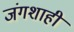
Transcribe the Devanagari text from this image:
जंगशाही